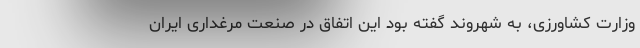
وزارت کشاورزی، به شهروند گفته بود این اتفاق در صنعت مرغداری ایران